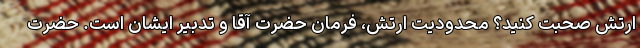
ارتش صحبت کنید؟ محدودیت ارتش، فرمان حضرت آقا و تدبیر ایشان است. حضرت